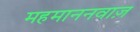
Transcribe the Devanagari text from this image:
महमाननवाज़